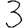
Digit: 3